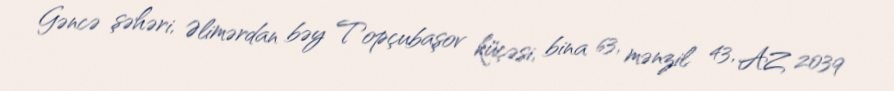
Gəncə şəhəri, Əlimərdan bəy Topçubaşov küçəsi, bina 63, mənzil 43, AZ 2039